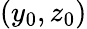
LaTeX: (y_{0},z_{0})